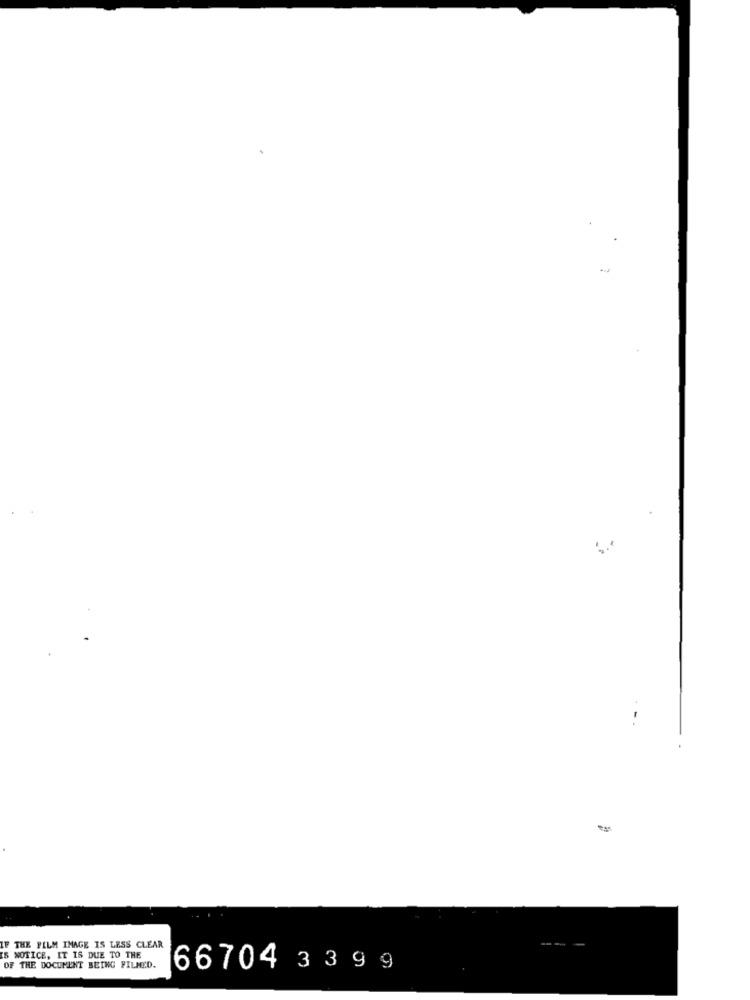
-
E THE FILM IMAGE IS LESS CLEAR
IS NOTICE, IT IS DUE TO THE
OF THE DOCUMENT BEING FILMED.
66704 3 3 9 9